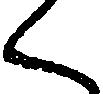
く